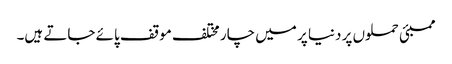
ممبئی حملوں پر دنیا پر میں چار مختلف موقف پائے جاتے ہیں۔